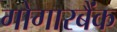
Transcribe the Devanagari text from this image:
गोगारबैंक